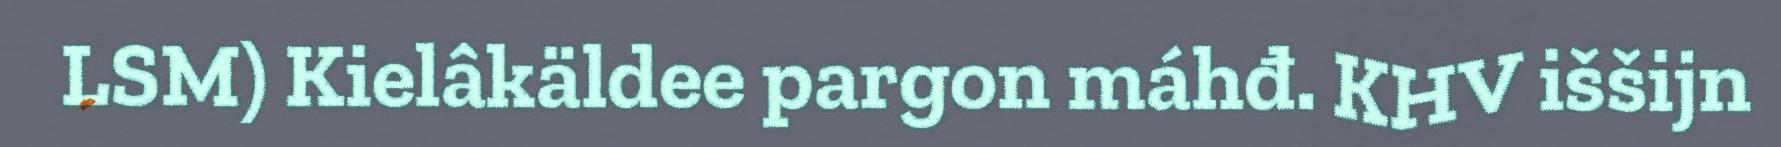
LSM) Kielâkäldee pargon máhđ. KHV iššijn